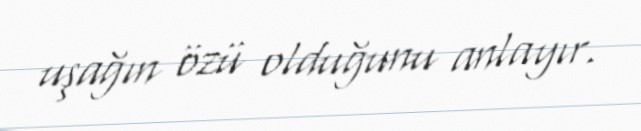
uşağın özü olduğunu anlayır.